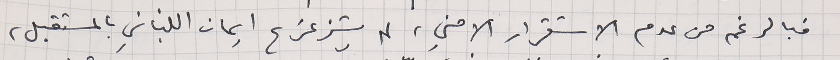
فبالرغم من عدم الاستقرار الامني، لم يتزعزع ايمان اللبناني بالمستقبل،